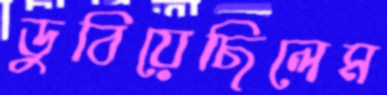
ডুবিয়েছিলেম